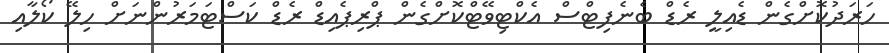
ހަރަދުކޮށްގެން ޑެއިލީ ރެޑް ބެނެފިޓްސް އެކްޓިވޭޓްކޮށްގެން ޕްރިޕެއިޑް ރެޑް ކަސްޓަމަރުންނަށް ހިލޭ ކޯލާއި